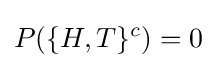
P(\{H,T\}^{c})=0